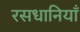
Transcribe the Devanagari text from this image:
रसधानियाँ